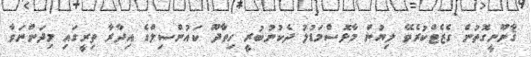
ޤާނޫނީގޮތުން ގެޒެޓްކުރެވޭ ލިޔުން މާޅޮސްމަޑުލު ދެކުނުބުރީ ހިތާދޫ ކައުންސިލްގެ އިދާރާ ތިރީގައި މިދަންނަވާ